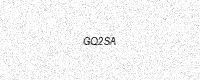
Text: GQ2SA